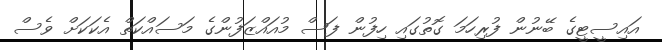
އައިސީޓީގެ ބޭނުން ފުރިހަމަ ގޮތުގައި ހިފުން ފަސް މުއައްޒަފުންގެ މަސައްކަތް އެކަކަށް ވެސް